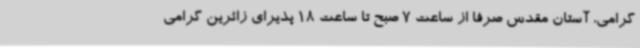
گرامی، آستان مقدس صرفاً از ساعت 7 صبح تا ساعت 18 پذیرای زائرین گرامی